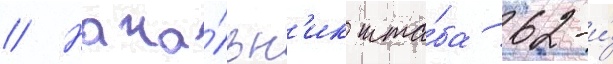
// Нача́льн'ик шта́ба 62-и́